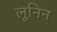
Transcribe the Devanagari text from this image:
लूनिन